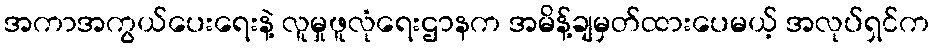
အကာအကွယ်ပေးရေးနဲ့ လူမှုဖူလုံရေးဌာနက အမိန့်ချမှတ်ထားပေမယ့် အလုပ်ရှင်က